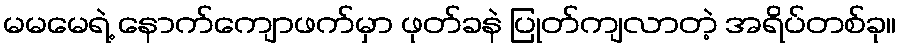
မမမေရဲ့ နောက်ကျောဖက်မှာ ဖုတ်ခနဲ ပြုတ်ကျလာတဲ့ အရိပ်တစ်ခု။